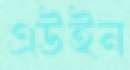
এউইন